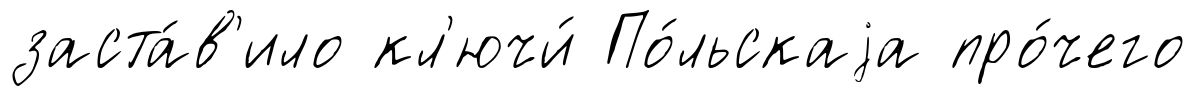
заста́в'ило кл'ючи́ По́льскаjа про́чего